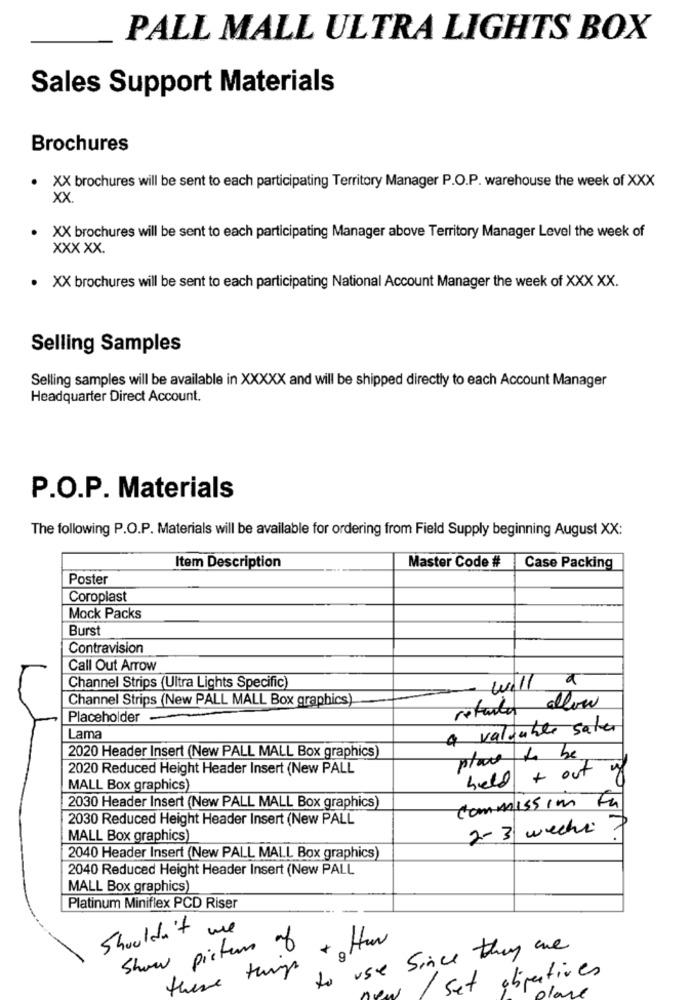
PALL MALL ULTRA LIGHTS BOX
Sales Support Materials
Brochures
. XX brochures will be sent to each participating Territory Manager P.O.P. warehouse the week of XXX
XX.
XX brochures will be sent to each participating Manager above Territory Manager Level the week of
XXX XX.
. XX brochures will be sent to each participating National Account Manager the week of XXX XX.
Selling Samples
Selling samples will be available in XXXXX and will be shipped directly to each Account Manager
Headquarter Direct Account.
P.O.P. Materials
The following P.O.P. Materials will be available for ordering from Field Supply beginning August XX:
Item Description
Master Code #
Case Packing
Poster
Coroplast
Mock Packs
Burst
Contravision
Call Out Arrow
will a
Channel Strips (Ultra Lights Specific)
Channel Strips (New PALL MALL Box graphics)
retudo allow
Placeholder
4 valuable saber
Lama
2020 Header Insert (New PALL MALL Box graphics)
place to be
2020 Reduced Height Header Insert (New PALL
held + out of
MALL Box graphics)
2030 Header Insert (New PALL MALL Box graphics)
commission fa
2030 Reduced Height Header Insert (New PALL
2-3 weeks
MALL Box graphics)
2040 Header Insert (New PALL MALL Box graphics)
2040 Reduced Height Header Insert (New PALL
MALL Box graphics)
Platinum Miniflex PCD Riser
Shouldn't we
Show picture of
+ Hun
to use Since they are
there this
/ set objectives
place